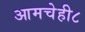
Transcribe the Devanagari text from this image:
आमचेही८